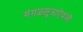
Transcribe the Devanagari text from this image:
मंगळसूत्राऐवजी